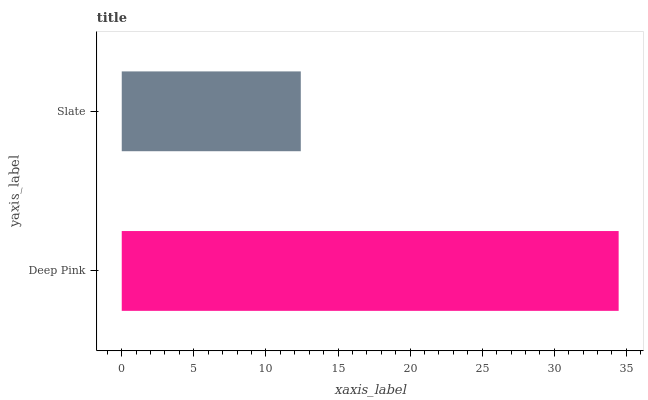
| yaxis_label | bars |
 | --- | --- |
 | Deep Pink | 34.5 |
 | Slate | 12.4 |